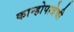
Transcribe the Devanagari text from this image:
कान्होपात्रेची